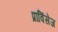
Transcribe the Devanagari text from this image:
प्राविंसेज